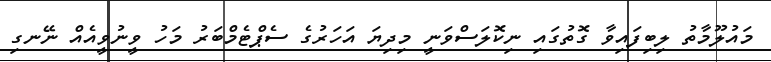
މައުލޫމާތު ލިބިފައިވާ ގޮތުގައި ނިކޮލަސްވަނީ މިދިޔަ އަހަރުގެ ސެޕްޓެމްބަރު މަހު ވީނުވީއެއް ނޭނގި